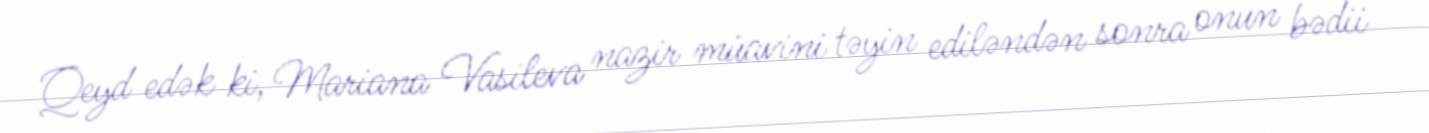
Qeyd edək ki, Mariana Vasileva nazir müavini təyin ediləndən sonra onun bədii